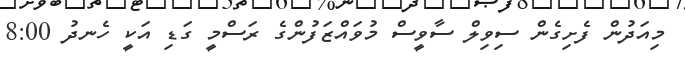
މިއަދުން ފެށިގެން ސިވިލް ސާވީސް މުވައްޒަފުންގެ ރަސްމީ ގަޑި އަކީ ހެނދު 8:00